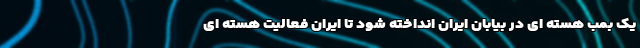
یک بمب هسته ای در بیابان ایران انداخته شود تا ایران فعالیت هسته ای